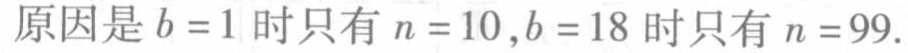
原因是 \(b = 1\) 时只有 \(n = 10\)，\(b = 18\) 时只有 \(n = 99\).